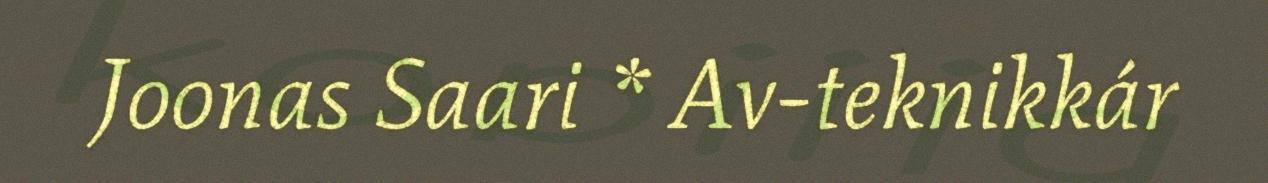
Joonas Saari * Av-teknikkár